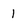
Character: l